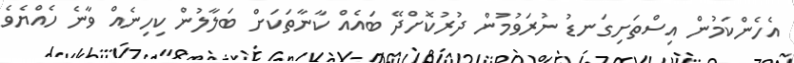
އެހެންކަމުން އިސްތަށިގަނޑު ނުރަވުމުން ދުރުކޮށްދޭ ބައެއް ކާނާތަކަށް ބަލާލުން ކިހިނެއް ވާނެ ހެއްޔެވެ